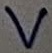
Text: V